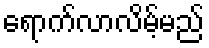
ရောက်လာလိမ့်မည်